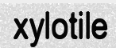
xylotile